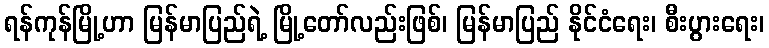
ရန်ကုန်မြို့ဟာ မြန်မာပြည်ရဲ့ မြို့တော်လည်းဖြစ်၊ မြန်မာပြည် နိုင်ငံရေး၊ စီးပွားရေး၊